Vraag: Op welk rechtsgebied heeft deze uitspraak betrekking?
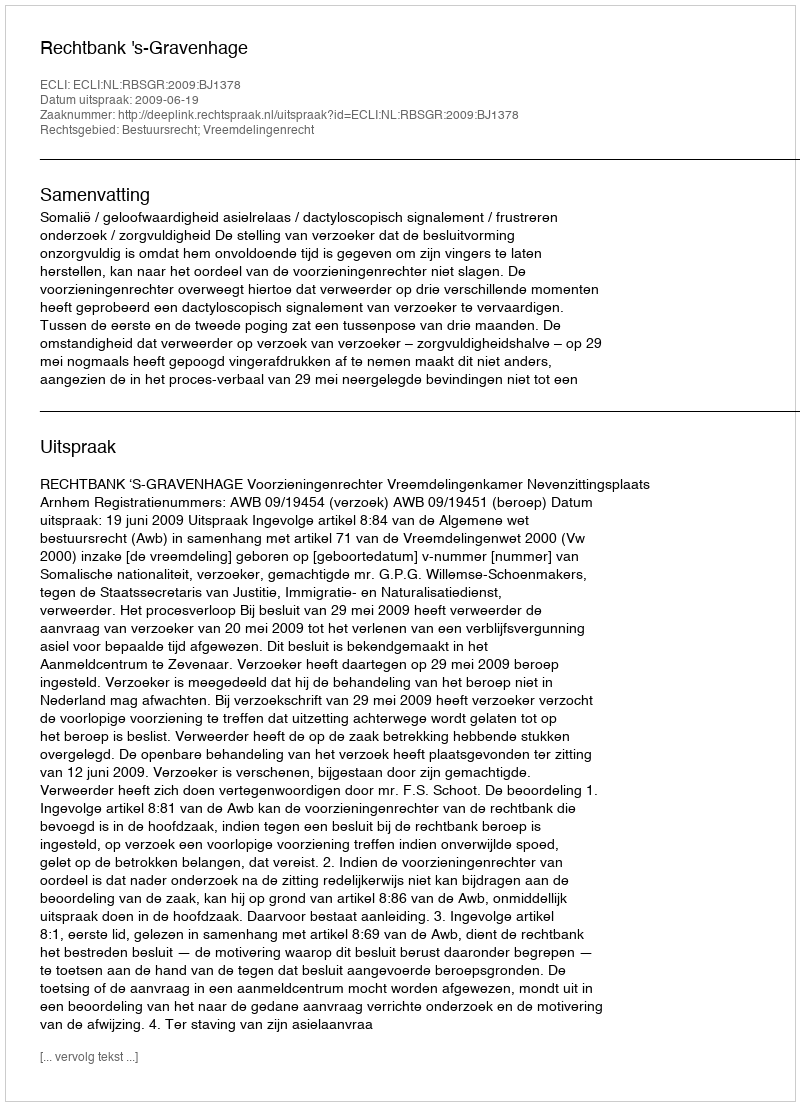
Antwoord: Bestuursrecht; Vreemdelingenrecht